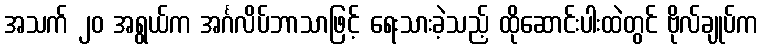
အသက် ၂၀ အရွယ်က အင်္ဂလိပ်ဘာသာဖြင့် ရေးသားခဲ့သည့် ထိုဆောင်းပါးထဲတွင် ဗိုလ်ချုပ်က